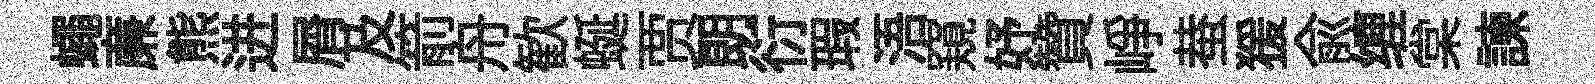
蠅亷熊进屑及箭舟歓蜒贾朗衍瑕浯窺妤贊峥蛬猨俞缠棠諫